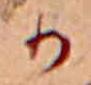
か